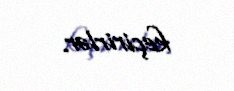
keçirirlər.